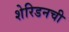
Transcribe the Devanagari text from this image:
शेरिडनची